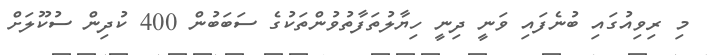
މި ރިވިއުގައި ބުނެފައި ވަނީ ދިނީ ހިޔާލުތަފާތުވުންތަކުގެ ސަބަބުން 400 ކުދިން ސުކޫލަށް